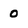
Character: 0